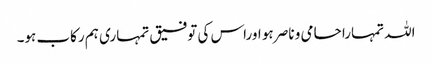
اللہ تمہارا حامی و ناصر ہو اوراس کی توفیق تمہاری ہم رکاب ہو۔